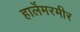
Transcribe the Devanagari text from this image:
हार्लेमरमीर